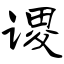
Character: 谡